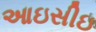
આઇસીઇ